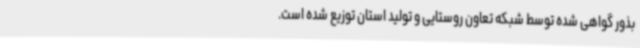
بذور گواهی شده توسط شبکه تعاون روستایی و تولید استان توزیع شده است.